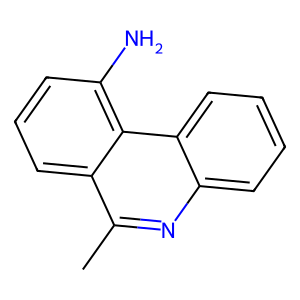
SMILES: Cc1nc2ccccc2c2c(N)cccc12
Inhibits HIV replication: No